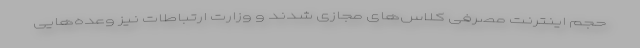
حجم اینترنت مصرفی کلاس‌های مجازی شدند و وزارت ارتباطات نیز وعده‌هایی